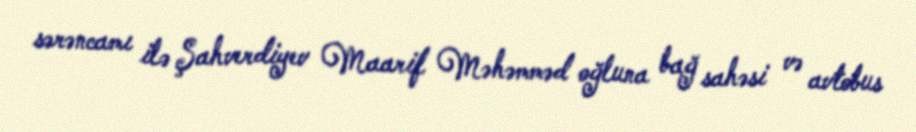
sərəncamı ilə Şahverdiyev Maarif Məhəmməd oğluna bağ sahəsi və avtobus